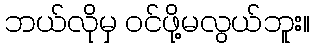
ဘယ်လိုမှ ဝင်ဖို့မလွယ်ဘူး။